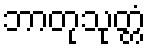
ဘာတုသုတ္တံ